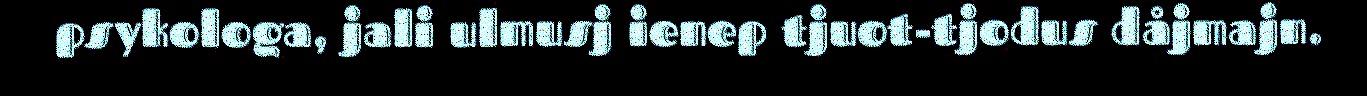
psykologa, jali ulmusj ienep tjuot-tjodus dåjmajn.